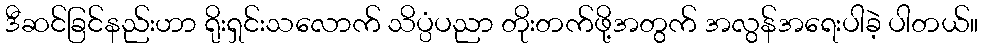
ဒီဆင်ခြင်နည်းဟာ ရိုးရှင်းသလောက် သိပ္ပံပညာ တိုးတက်ဖို့အတွက် အလွန်အရေးပါခဲ့ ပါတယ်။